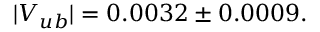
\vert V _ { u b } \vert = 0 . 0 0 3 2 \pm 0 . 0 0 0 9 .